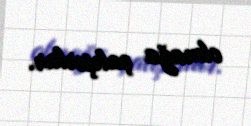
olmağa çalışırlar.